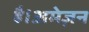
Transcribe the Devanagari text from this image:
है।अमेज़न